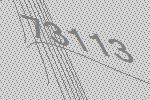
73113